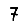
Digit: 7